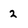
Character: 2